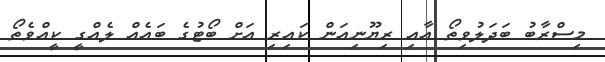
މިސްރާބު ބަދަލުވިތޯ އާއި ރިޔޫނިއަން ކައިރި އަށް ބޯޓުގެ ބައެއް ލެއްގީ ކީއްވެތޯ